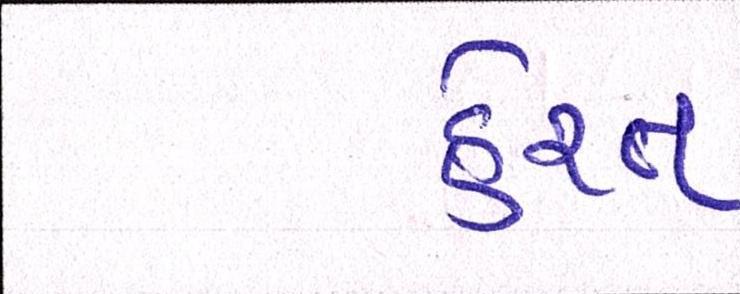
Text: હેરત